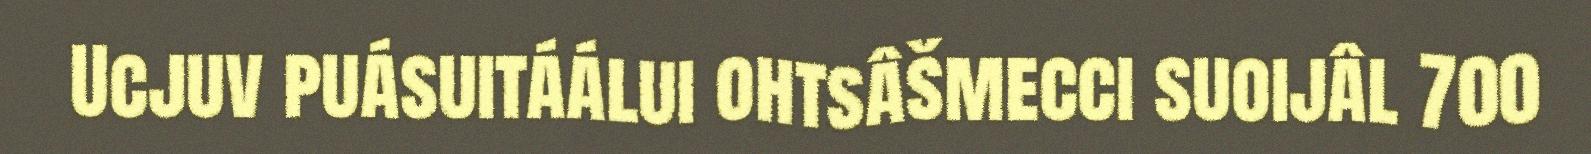
Ucjuv puásuitáálui ohtsâšmecci suoijâl 700